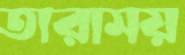
তারাময়